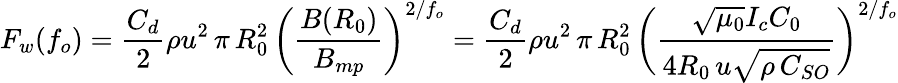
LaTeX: F_{w}(f_{o})={\frac{C_{d}}{2}}\rho u^{2}\, \pi\, R_{0}^{2}\, {\biggl(}{\frac{B(R_{0})}{B_{mp}}}{\biggr)}^{2/f_{o}}={\frac{C_{d}}{2}}\rho u^{2}\, \pi\, R_{0}^{2}\, {\biggl(}{\frac{{\sqrt{\mu_{0}}}I_{c}C_{0}}{4R_{0}\, u{\sqrt{\rho\, C_{SO}}}}}{\biggr)}^{2/f_{o}}